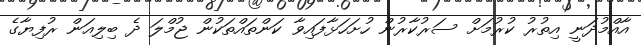
އާއްމުދަނީ އިތުރު ކުރުމަށް ސަރުކާރުން ހުށަހަޅާފައިވާ ކަންތައްތަކުން ޖުމްލަ ދެ ބިލިއަން ރުފިޔާގެ